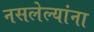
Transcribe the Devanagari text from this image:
नसलेल्यांना